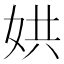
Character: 娂